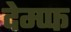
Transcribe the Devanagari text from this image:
देम्प्फ